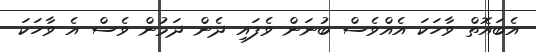
އެބައޮތް ވާހަކަ އެއްވެސް ބުނަން ވެފައި ދެން ދަމުން ވެސް އެ ވާހަކަ